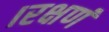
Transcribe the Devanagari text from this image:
।रक्षणं